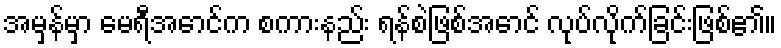
အမှန်မှာ မေရီအောင်က စကားနည်း ရန်စဲဖြစ်အောင် လုပ်လိုက်ခြင်းဖြစ်၏။